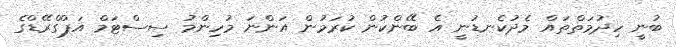
ބުނީ ހިދުމަތްތައް މެދުކެނޑުނީ އެ ބޭންކުން ކުރަމުން އަންނަ މުހިންމު ސިސްޓަމް އަޕްގްރޭޑްގެ